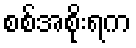
စစ်အစိုးရက